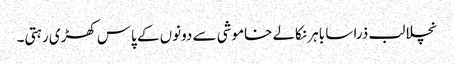
نچلا لب ذرا سا باہر نکالے خاموشی سے دونوں کے پاس کھڑی رہتی۔